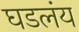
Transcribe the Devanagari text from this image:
घडलंय